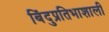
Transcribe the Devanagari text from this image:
बिंदुप्रतिभाशाली